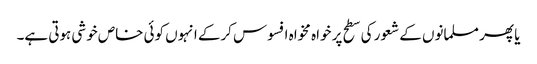
یا پھر مسلمانوں کے شعور کی سطح پر خواہ مخواہ افسوس کرکے انہوں کوئی خاص خوشی ہوتی ہے۔